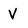
Character: V